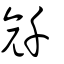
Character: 𠦳